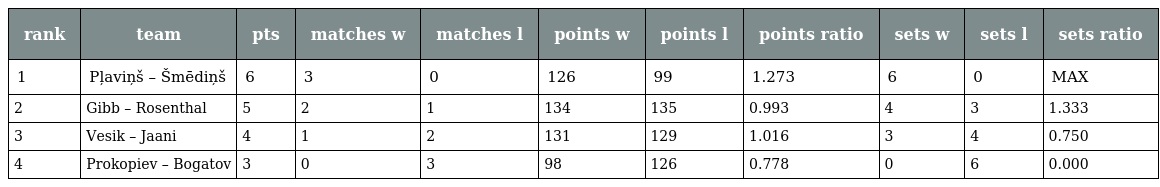
| rank | team | pts | matches w | matches l | points w | points l | points ratio | sets w | sets l | sets ratio |
 | --- | --- | --- | --- | --- | --- | --- | --- | --- | --- | --- |
 | 1 | Pļaviņš – Šmēdiņš | 6 | 3 | 0 | 126 | 99 | 1.273 | 6 | 0 | MAX |
 | 2 | Gibb – Rosenthal | 5 | 2 | 1 | 134 | 135 | 0.993 | 4 | 3 | 1.333 |
 | 3 | Vesik – Jaani | 4 | 1 | 2 | 131 | 129 | 1.016 | 3 | 4 | 0.750 |
 | 4 | Prokopiev – Bogatov | 3 | 0 | 3 | 98 | 126 | 0.778 | 0 | 6 | 0.000 |